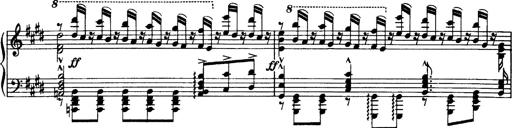
Title: OuvertÃ¼re zu TannhÃ¤user
Composer: Franz Liszt